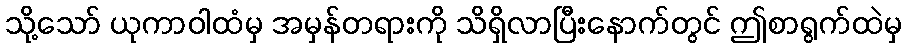
သို့သော် ယုကာဝါထံမှ အမှန်တရားကို သိရှိလာပြီးနောက်တွင် ဤစာရွက်ထဲမှ